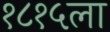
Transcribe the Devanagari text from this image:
१८१५ला